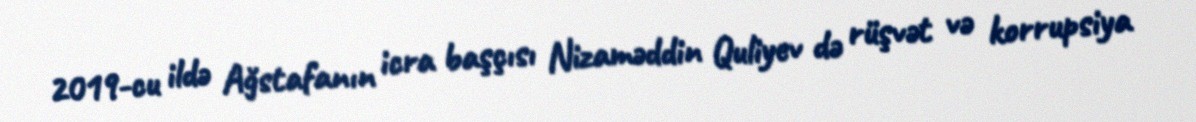
2019-cu ildə Ağstafanın icra başçısı Nizaməddin Quliyev də rüşvət və korrupsiya